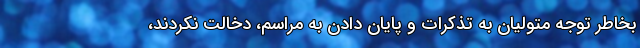
بخاطر توجه متولیان به تذکرات و پایان دادن به مراسم، دخالت نکردند،